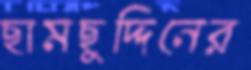
ছামছুদ্দিনের